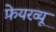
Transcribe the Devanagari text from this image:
फ़ेयरव्यू